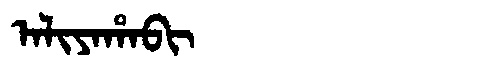
Manchu: ᠠᠯᡳᠶᠠᡥᠠᠪᡳ
Romanization: ALIYAHABI